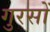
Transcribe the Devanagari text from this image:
गुरसों